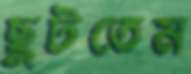
ছুটতেম